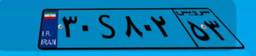
۳۰S۸۰۲۵۳